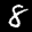
Label: 8